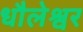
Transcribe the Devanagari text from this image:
धौलेश्वर